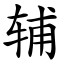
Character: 辅